DOW-UAP-D64, Mission Report, Iran, November 2020
Agency: Department of War
Incident date: 11/2/20
Incident location: Iran
Page 4
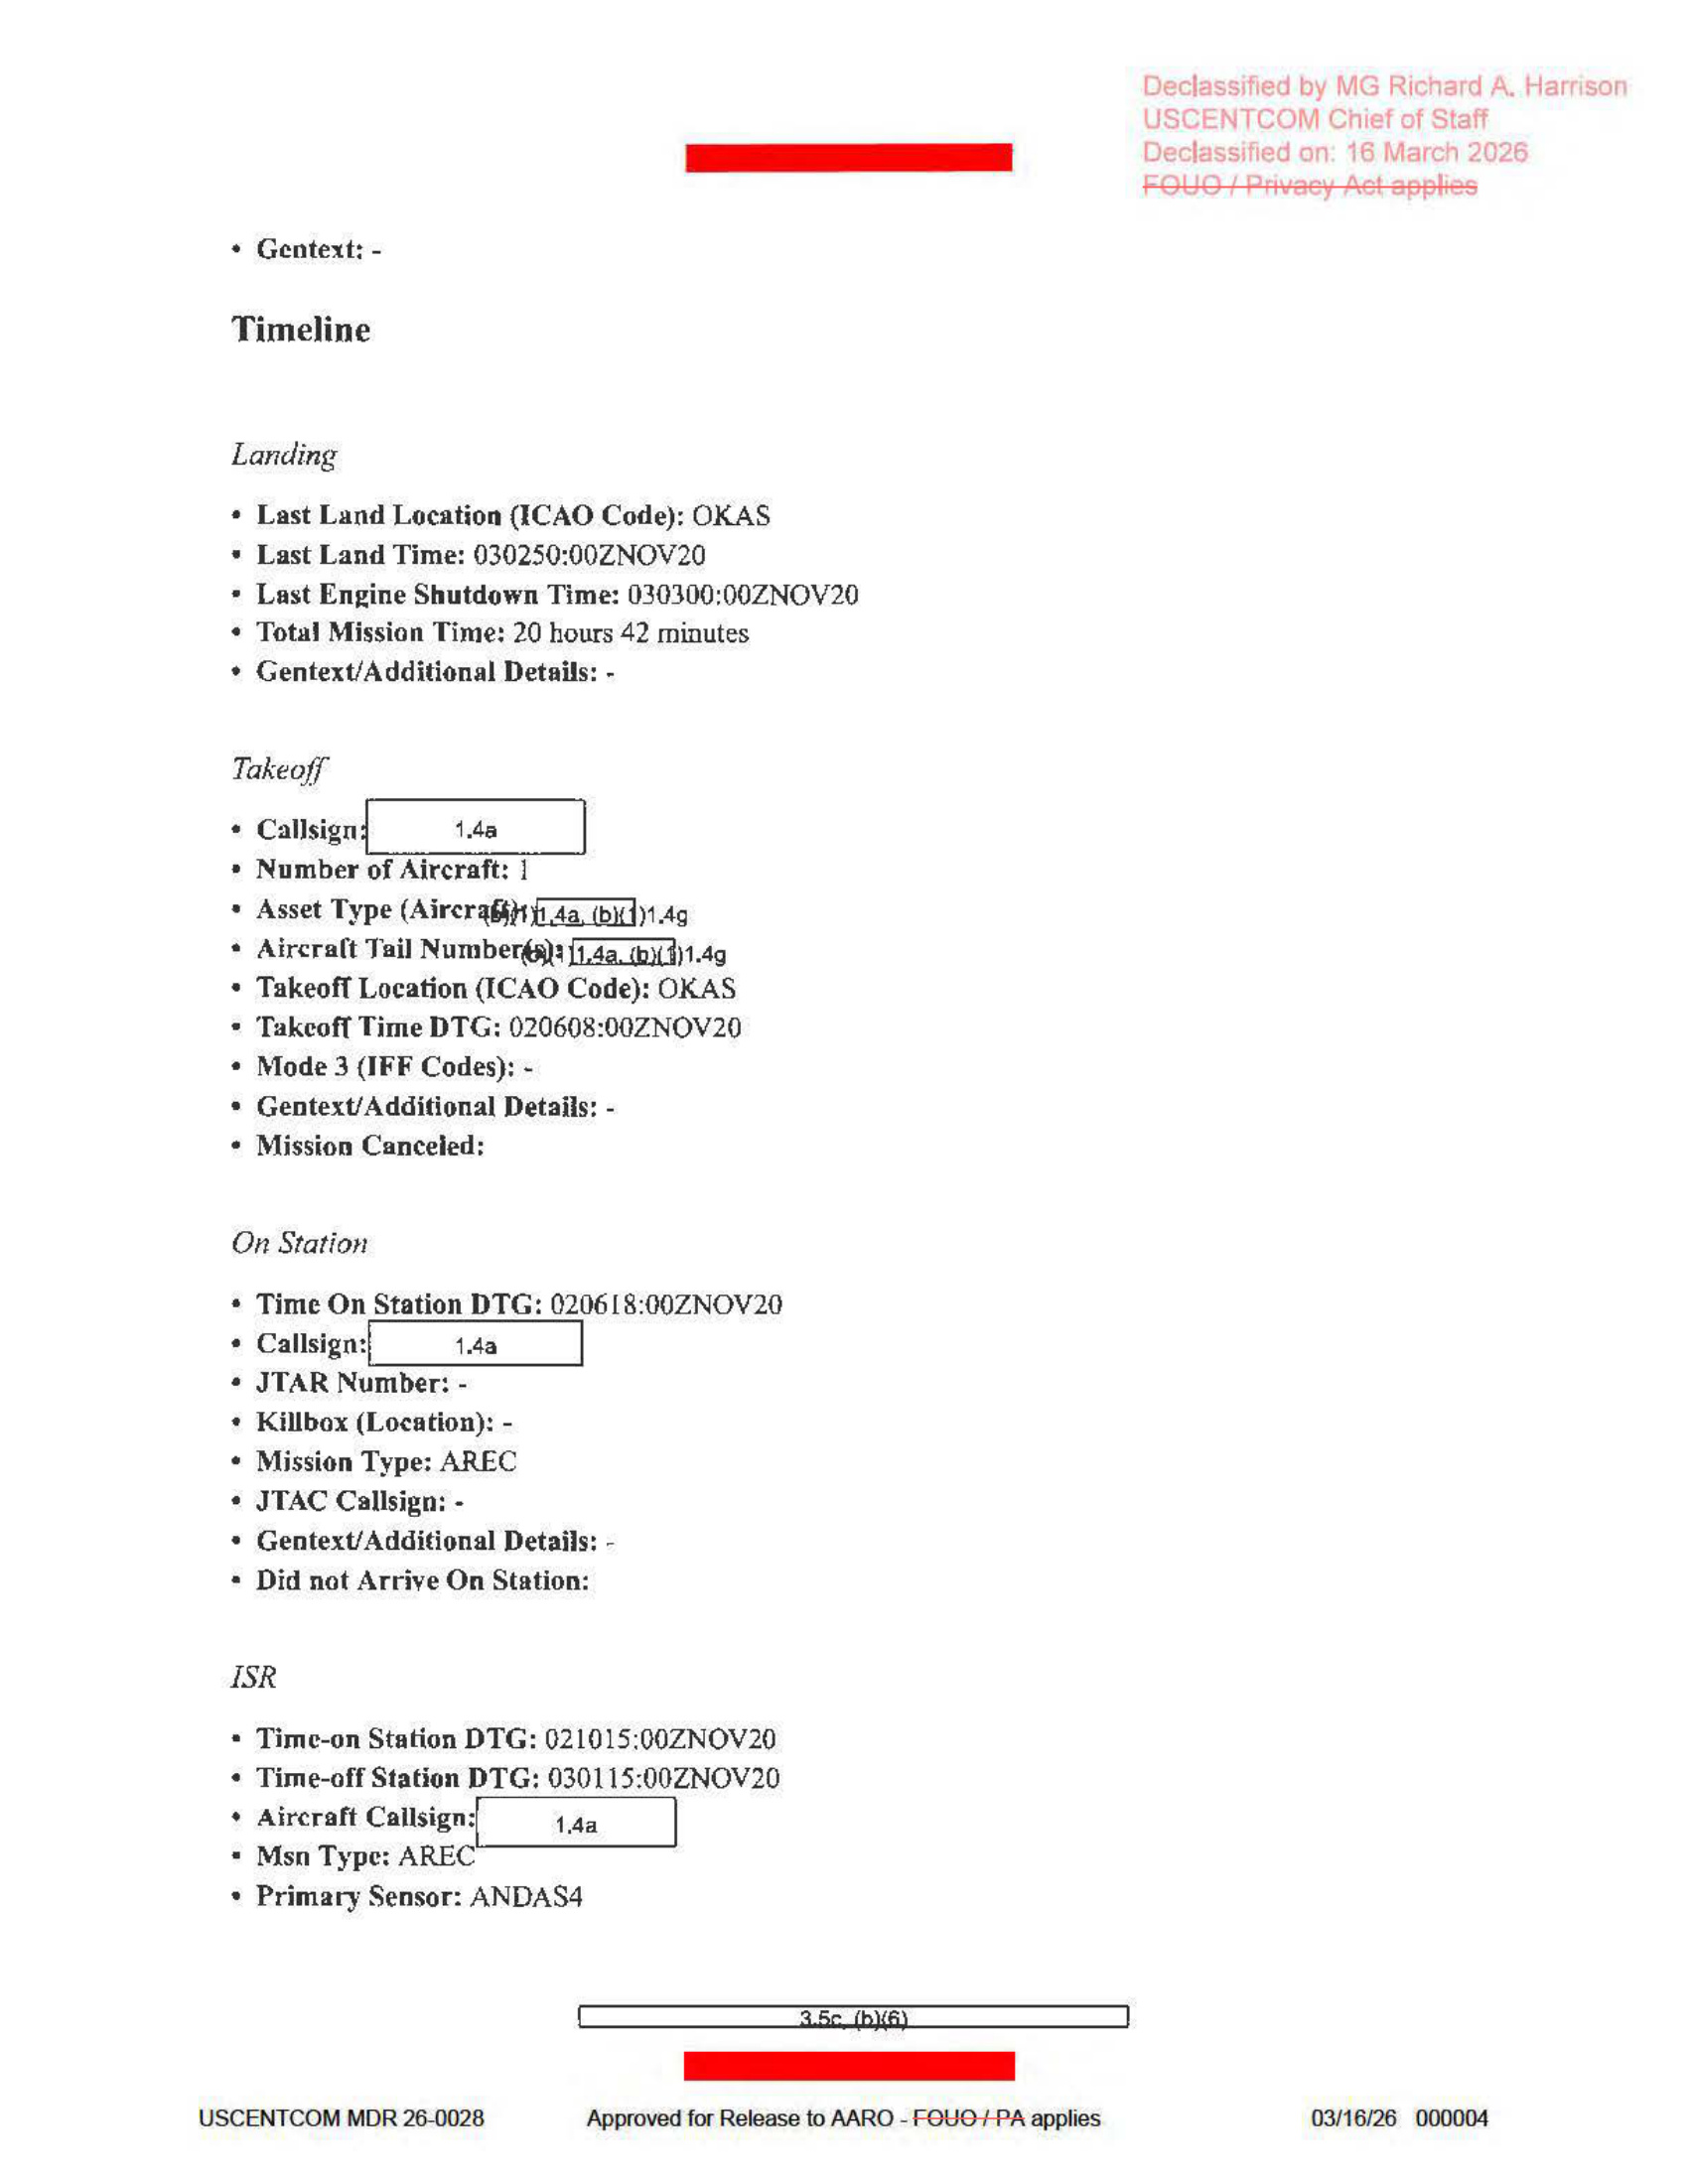